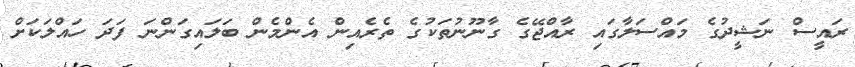
ރައީސް ނަޝީދުގެ މައްސަލާގައި ރާއްޖޭގެ ގާނޫނުތަކުގެ ތެރެއިން އެންމެން ބަލައިގަންނަ ފަދަ ހައްލަކަށް